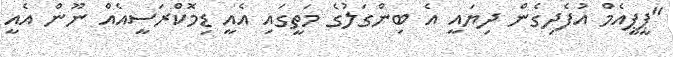
"ޕީޕީއެމް އުފެދިގެން ދިޔައީ އެ ބިންގަލުގެ މަތީގައި އެއީ ޑިމޮކްރަސީއެއް ނޫން އެއީ